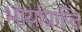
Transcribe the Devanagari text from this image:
भार्याप्राप्ति